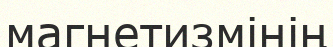
магнетизмінің